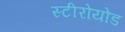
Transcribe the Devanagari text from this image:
स्टीरोयोड